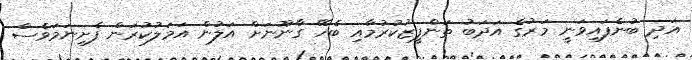
އަދި ބުނެފައިވަނީ މަރުގެ އަދަބު ތަންފީޒުކުރުމާއި ބެހޭ ގާނޫނަށް އަލުން އަމަލުކުރަން ފެށިނަމަވެސް